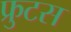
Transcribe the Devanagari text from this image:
फ्रुटस